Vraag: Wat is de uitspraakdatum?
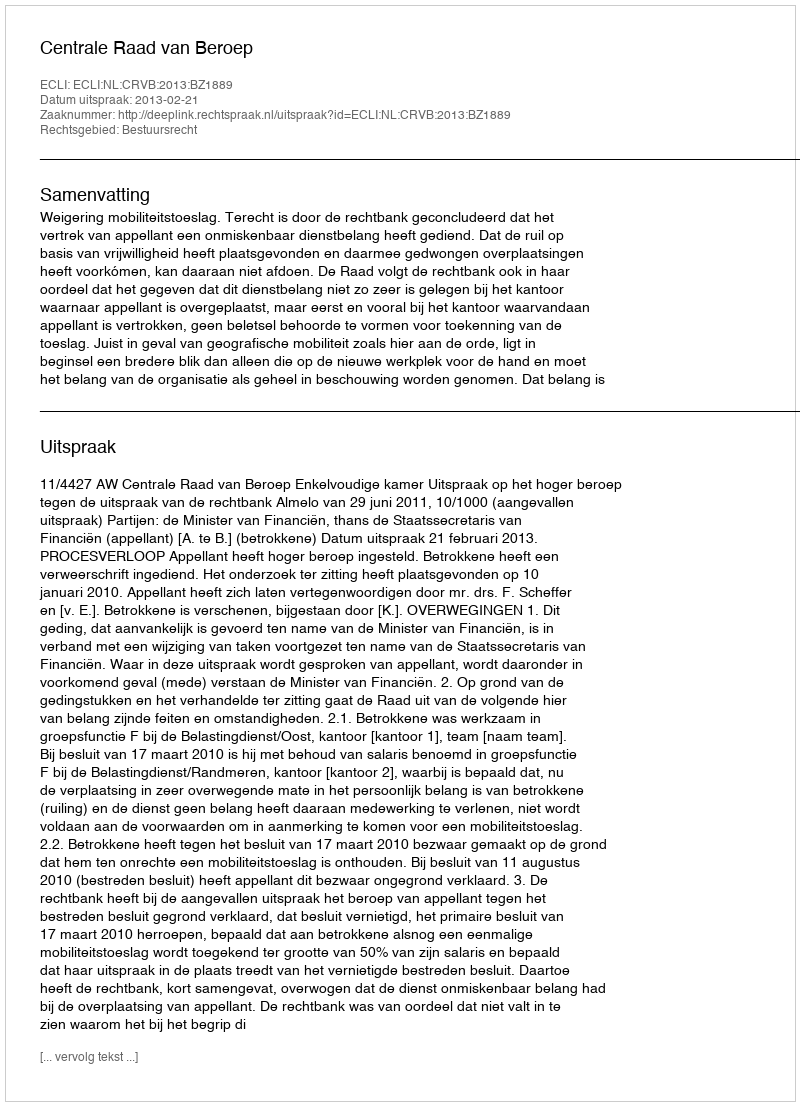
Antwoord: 2013-02-21